Report on vaccination in the Province of Bengal - 1874-1889
Year: 1874
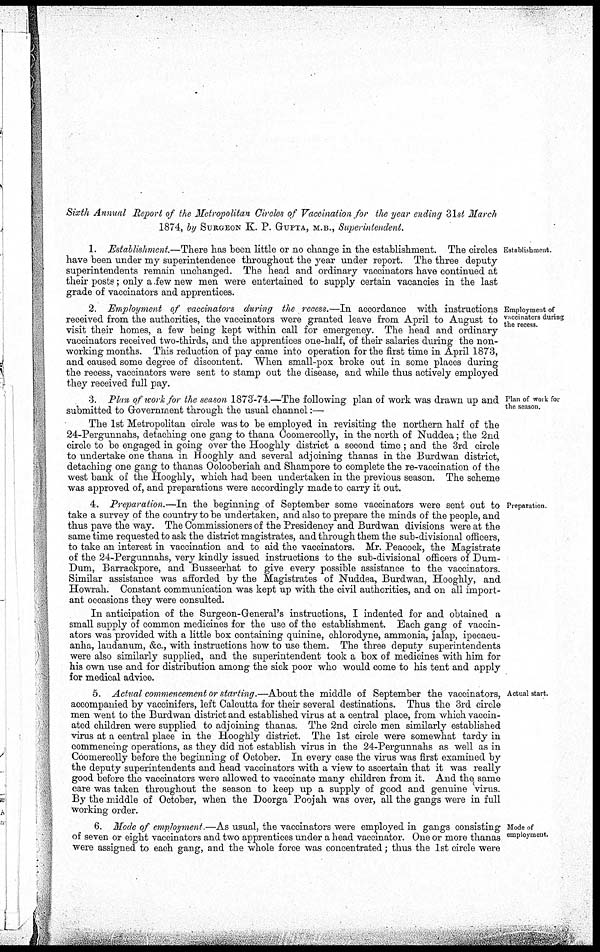
Sixth Annual Report of the Metropolitan Circles of Vaccination for the year ending 31st March
1874, by SURGEON K. P. GUPTA, M.B., Superintendent.
Establishment.
1. Establishment.—There has been little or no change in the establishment. The circles
have been under my superintendence throughout the year under report. The three deputy
superintendents remain unchanged. The head and ordinary vaccinators have continued at
their posts; only a few new men were entertained to supply certain vacancies in the last
grade of vaccinators and apprentices.
Employment of
vaccinators during
the recess.
2. Employment of vaccinators during the recess.—In accordance with instructions
received from the authorities, the vaccinators were granted leave from April to August to
visit their homes, a few being kept within call for emergency. The head and ordinary
vaccinators received two-thirds, and the apprentices one-half, of their salaries during the non-
working months. This reduction of pay came into operation for the first time in April 1873,
and caused some degree of discontent. When small-pox broke out in some places during
the recess, vaccinators were sent to stamp out the disease, and while thus actively employed
they received full pay.
Plan of work for
the season.
3. Plan of work for the season 1873-74—The following plan of work was drawn up and
submitted to Government through the usual channel:—
The 1st Metropolitan circle was to be employed in revisiting the northern half of the
24-Pergunnahs, detaching one gang to thana Coomercolly, in the north of Nuddea; the 2nd
circle to be engaged in going over the Hooghly district a second time ; and the 3rd circle
to undertake one thana in Hooghly and several adjoining thanas in the Burdwan district,
detaching one gang to thanas Oolooberiah and Shampore to complete the re-vaccination of the
west bank of the Hooghly, which had been undertaken in the previous season. The scheme
was approved of, and preparations were accordingly made to carry it out.
Preparation.
4. Preparation.—In the beginning of September some vaccinators were sent out to
take a survey of the country to be undertaken, and also to prepare the minds of the people, and
thus pave the way. The Commissioners of the Presidency and Burdwan divisions were at the
same time requested to ask the district magistrates, and through them the sub-divisional officers,
to take an interest in vaccination and to aid the vaccinators. Mr. Peacock, the Magistrate
of the 24-Pergunnahs, very kindly issued instructions to the sub-divisional officers of Dum-
Dum, Barrackpore, and Busseerhat to give every possible assistance to the vaccinators.
Similar assistance was afforded by the Magistrates of Nuddea, Burdwan, Hooghly, and
Howrah. Constant communication was kept up with the civil authorities, and on all import-
ant occasions they were consulted.
In anticipation of the Surgeon-General's instructions, I indented for and obtained a
small supply of common medicines for the use of the establishment. Each gang of vaccin-
ators was provided with a little box containing quinine, chlorodyne, ammonia, jalap, ipecacu-
anha, laudanum, &c., with instructions how to use them. The three deputy superintendents
were also similarly supplied, and the superintendent took a box of medicines with him for
his own use and for distribution among the sick poor who would come to his tent and apply
for medical advice.
Actual start.
5. Actual commencement or starting.—About the middle of September the vaccinators,
accompanied by vaccinifers, left Calcutta for their several destinations. Thus the 3rd circle
men went to the Burdwan district and established virus at a central place, from which vaccin-
ated children were supplied to adjoining thanas. The 2nd circle men similarly established
virus at a central place in the Hooghly district. The 1st circle were somewhat tardy in
commencing operations, as they did not establish virus in the 24-Pergunnahs as well as in
Coomercolly before the beginning of October. In every case the virus was first examined by
the deputy superintendents and head vaccinators with a view to ascertain that it was really
good before the vaccinators were allowed to vaccinate many children from it. And the same
care was taken throughout the season to keep up a supply of good and genuine virus.
By the middle of October, when the Doorga Poojah was over, all the gangs were in full
working order.
Mode of
employment.
6. Mode of employment.—As usual, the vaccinators were employed in gangs consisting
of seven or eight vaccinators and two apprentices under a head vaccinator. One or more thanas
were assigned to each gang, and the whole force was concentrated; thus the 1st circle were